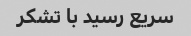
سریع رسید با تشکر